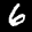
Label: 6